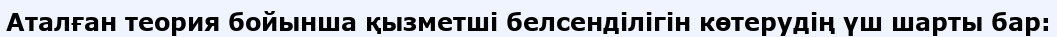
Аталған теория бойынша қызметші белсенділігін көтерудің үш шарты бар: